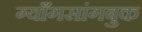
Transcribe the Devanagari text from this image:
ग्याँगसांगबुक